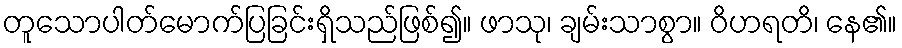
တူသောပါတ်မောက်ပြခြင်းရှိသည်ဖြစ်၍။ ဖာသု၊ ချမ်းသာစွာ။ ဝိဟရတိ၊ နေ၏။